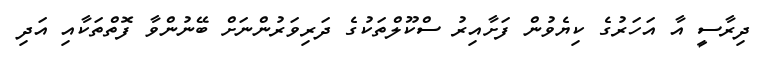
ދިރާސީ އާ އަހަރުގެ ކިޔެވުން ފަށާއިރު ސްކޫލްތަކުގެ ދަރިވަރުންނަށް ބޭނުންވާ ފޮތްތަކާއި އަދި